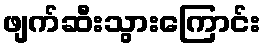
ဖျက်ဆီးသွားကြောင်း